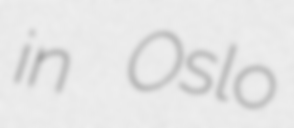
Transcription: in Oslo